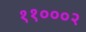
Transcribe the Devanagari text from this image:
११०००२